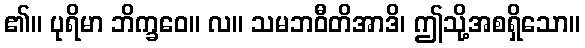
၏။ ပုရိမာ ဘိက္ခဝေ။ လ။ သမဘဝီတိအာဒိ၊ ဤသို့အစရှိသော။